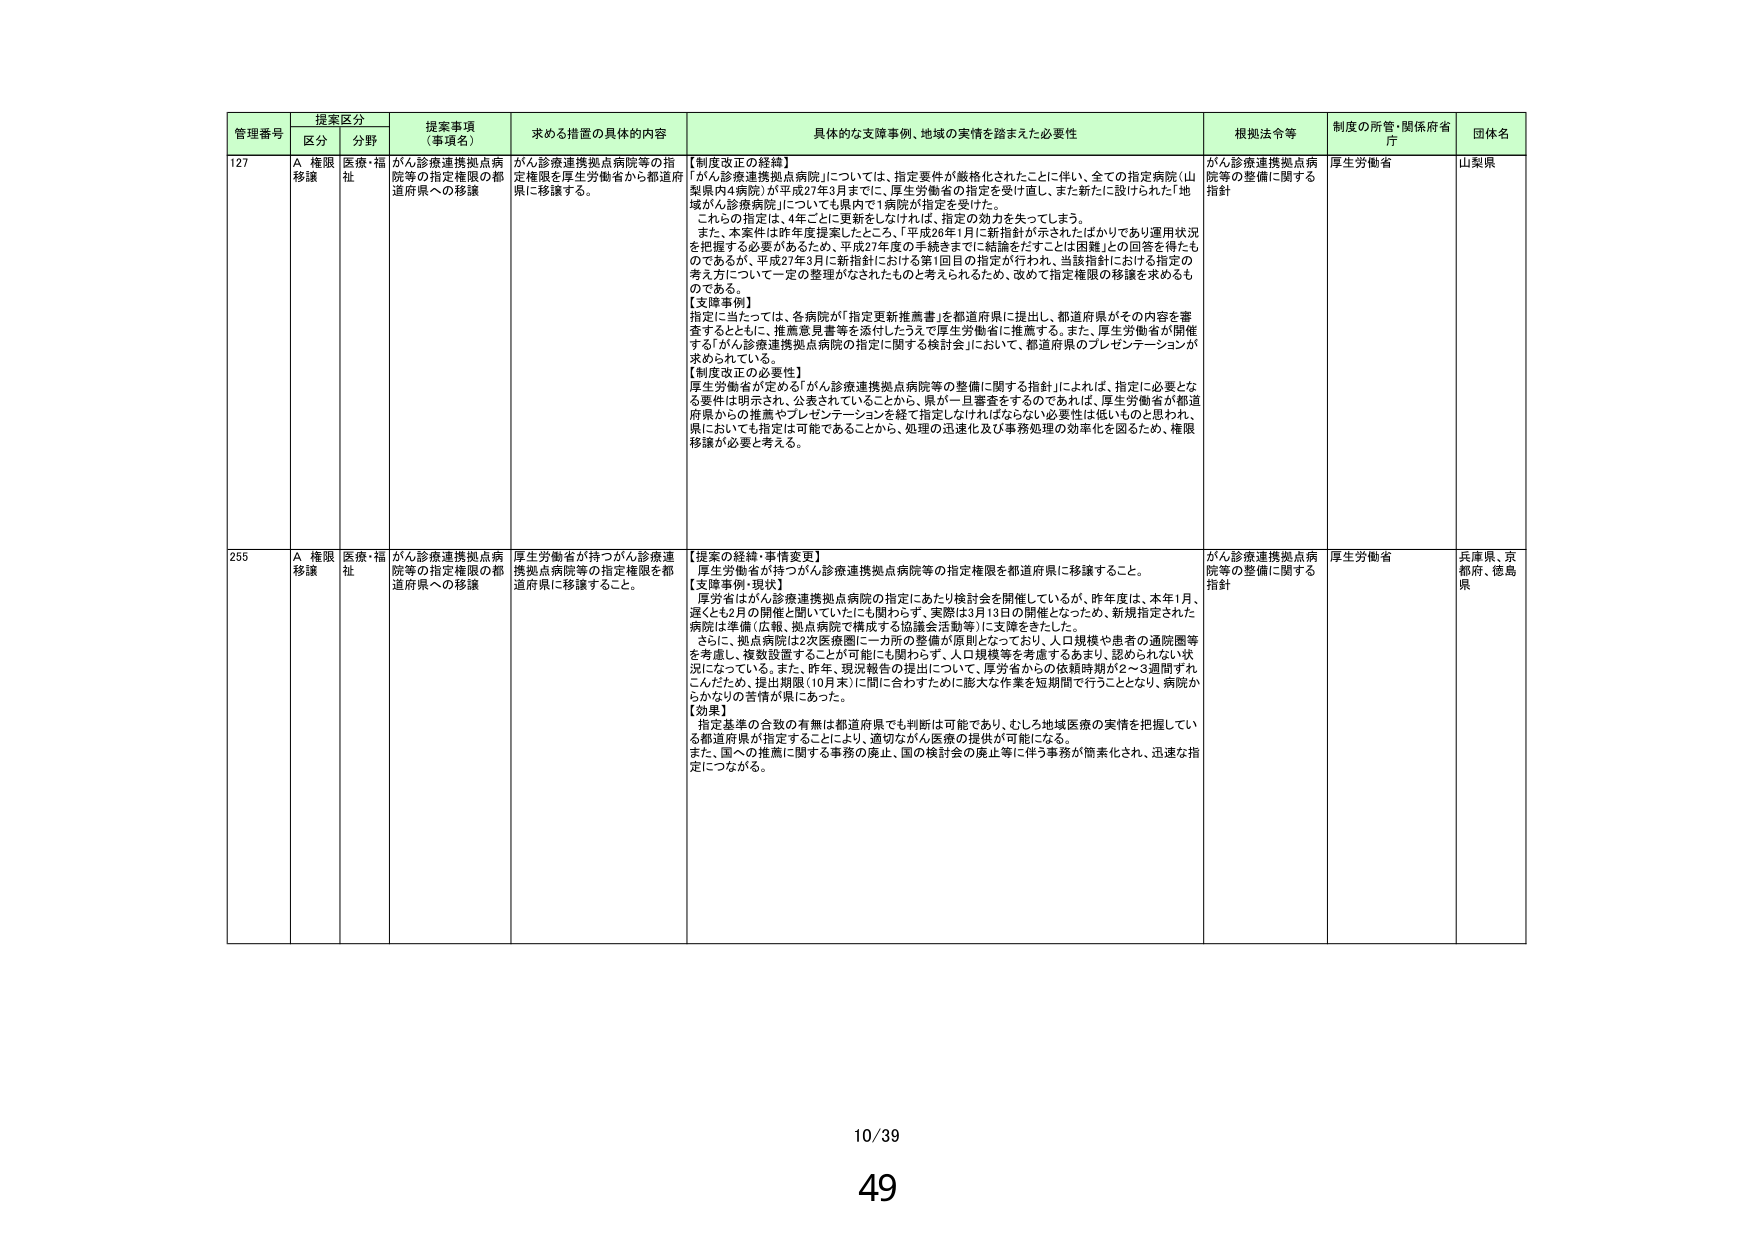
管理番号 提案区分 提案事項（事項名） 求める措置の具体的内容 具体的な支援事例、地域の実情を踏まえた必要性 根拠法令等 制度の所管・関係府省庁 団体名
区分 分野
127 A 権限移譲 医療・福祉 がん診療連携拠点病院等の指定権限の都道府県への移譲 がん診療連携拠点病院等の指定権限を厚生労働省から都道府県に移譲する。 【制度改正の経緯】 「がん診療連携拠点病院」については、指定要件が厳格化されたことに伴い、全ての指定病院（山梨県内4病院）が平成27年3月までに、厚生労働省の指定を受け直し、また新たに設けられた「地域がん診療病院」についても県内で1病院が指定を受けた。 これらの指定は、4年ごとに更新をしなければ、指定の効力を失ってしまう。 また、本案件は昨年度提案したところ、「平成26年1月に新指針が示されたばかりであり運用状況を把握する必要があるため、平成27年度の手続きまでに結論をだすことは困難」との回答を得たものであるが、平成27年3月に新指針における第1回目の指定が行われ、当該指針における指定の考え方について一定の整理がなされたものと考えられるため、改めて指定権限の移譲を求めるものである。 【支援事例】 指定に当たっては、各病院が「指定更新推薦書」を都道府県に提出し、都道府県がその内容を審査するとともに、推薦意見書等を添付したうえで厚生労働省に推薦する。また、厚生労働省が開催する「がん診療連携拠点病院の指定に関する検討会」において、都道府県のプレゼンテーションが求められている。 【制度改正の必要性】 厚生労働省が定める「がん診療連携拠点病院等の整備に関する指針」によれば、指定に必要となる要件は明示され、公表されていることから、県が一旦審査をするのであれば、厚生労働省が都道府県からの推薦やプレゼンテーションを経て指定しなければならない必要性は低いものと思われ、県においても指定は可能であることから、処理の迅速化及び事務処理の効率化を図るため、権限移譲が必要と考える。 がん診療連携拠点病院等の整備に関する指針 厚生労働省 山梨県
255 A 権限移譲 医療・福祉 がん診療連携拠点病院等の指定権限の都道府県への移譲 厚生労働省が持つがん診療連携拠点病院等の指定権限を都道府県に移譲すること。 【提案の経緯・事情変更】 厚生労働省が持つがん診療連携拠点病院等の指定権限を都道府県に移譲すること。 【文脈事例・現状】 厚労省はがん診療連携拠点病院の指定にあたり検討会を開催しているが、昨年度は、本年1月、遅くとも2月の開催と聞いていたにも関わらず、実際は3月13日の開催となったため、新規指定された病院は準備（広報、拠点病院で構成する協議会活動等）に支障をきたした。 さらに、拠点病院は2次医療圏に一カ所の整備が原則となっており、人口規模や患者の通院圏等を考慮し、複数設置することが可能にも関わらず、人口規模等を考慮するあまり、認められない状況になっている。また、昨年、現況報告の提出について、厚労省からの依頼時期が2～3週間ずれことしたため、提出期限（10月末）に間に合わすために膨大な作業を短期間で行うこととなり、病院からかなりの苦情が県にあった。 【効果】 指定基準の合致の有無は都道府県でも判断は可能であり、むしろ地域医療の実情を把握している都道府県が指定することにより、適切ながん医療の提供が可能になる。 また、国への推薦に関する事務の廃止、国の検討会の廃止等に伴う事務が簡素化され、迅速な指定につながる。 がん診療連携拠点病院等の整備に関する指針 厚生労働省 兵庫県、京都府、徳島県
10/39
49